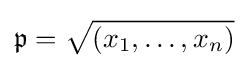
{\mathfrak {p}}={\sqrt {(x_{1},\dots ,x_{n})}}